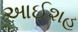
આઈશહ